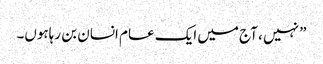
” نہیں ، آج میں ایک عام انسان بن رہاہوں۔